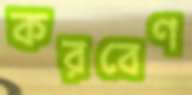
করবেণ